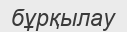
бұрқылау